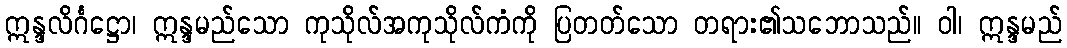
ဣန္ဒလိင်္ဂဋ္ဌော၊ ဣန္ဒမည်သော ကုသိုလ်အကုသိုလ်ကံကို ပြတတ်သော တရား၏သဘောသည်။ ဝါ၊ ဣန္ဒမည်